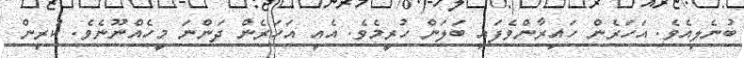
ބުނެލިއެވެ. އަހަރެން ހައިރާންވެފައި ބަލަން ހުރީމެވެ. އެއީ އަހަރެން ދަންނަ މީހެއްނޫނެވެ. ކުރިން